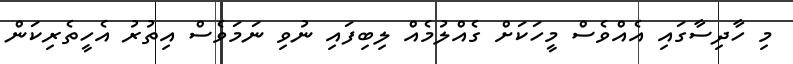
މި ހާދިސާގައި އެއްވެސް މީހަކަށް ގެއްލުމެއް ލިބިފައި ނުވި ނަމަވެސް އިތުރު އެހީތެރިކަން